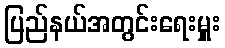
ပြည်နယ်အတွင်းရေးမှူး